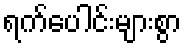
ရက်ပေါင်းများစွာ